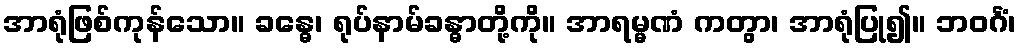
အာရုံဖြစ်ကုန်သော။ ခန္ဓေ၊ ရုပ်နာမ်ခန္ဓာတို့ကို။ အာရမ္မဏံ ကတွာ၊ အာရုံပြု၍။ ဘဝင်္ဂံ၊